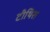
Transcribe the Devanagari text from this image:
टीथिस